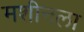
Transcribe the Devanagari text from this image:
मशीनला